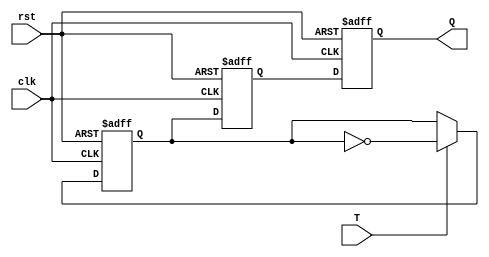
module T_FF (
  input T, // Toggle input
  input clk, // Clock input
  input rst, // Reset input
  output reg Q // Output
);

reg D, Q_master;

// Master flip-flop
always @(posedge clk or posedge rst) begin
  if (rst)
    D <= 1'b0;
  else
    D <= T ? ~D : D;
end

// Slave flip-flop
always @(negedge clk or posedge rst) begin
  if (rst)
    Q_master <= 1'b0;
  else
    Q_master <= D;
end

// Output assignment
always @(posedge clk or posedge rst)
  if (rst)
    Q <= 1'b0;
  else
    Q <= Q_master;

endmodule